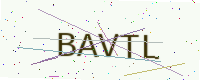
Text: BAVTL